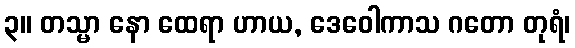
၃။ တသ္မာ နော ထေရာ ဟာယ, ဒေဝေါကာသ ဂတော တုရံ၊